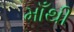
માઁથી